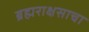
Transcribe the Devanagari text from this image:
ब्रह्मराक्षसाचा